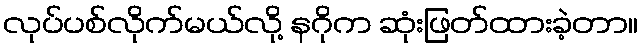
လုပ်ပစ်လိုက်မယ်လို့ နဂိုက ဆုံးဖြတ်ထားခဲ့တာ။